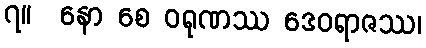
၇။  နော စေ ဝရုဏဿ ဒေဝရာဇဿ၊